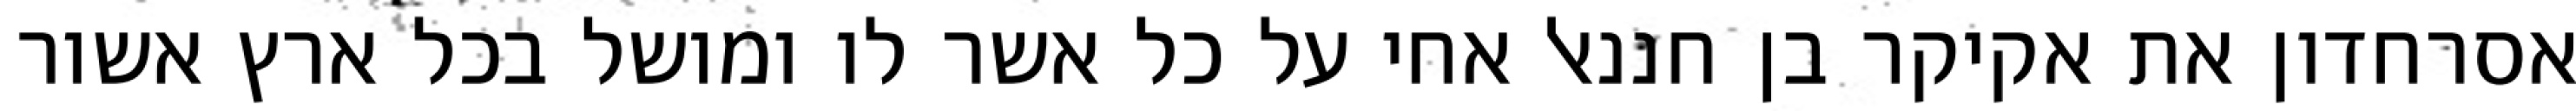
אסרחדון את אקיקר בן חננאל אחי על כל אשר לו ומושל בכל ארץ אשור